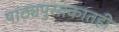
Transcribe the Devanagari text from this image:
पाठ्यपुस्तकातही